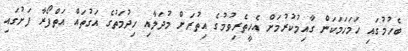
ބެހުމުގައި ހަމަހަމަކަން ގާއިމުކުރުމަށް އެހީތެރިވުމުގެ އިތުރަށް މުދަލާއި ހިދުމަތުގެ އަގުތައް އަތްފޯރާ ފަށުގައި